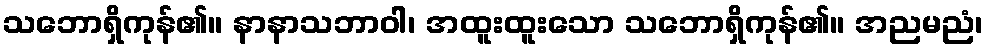
သဘောရှိကုန်၏။ နာနာသဘာဝါ၊ အထူးထူးသော သဘောရှိကုန်၏။ အညမညံ၊